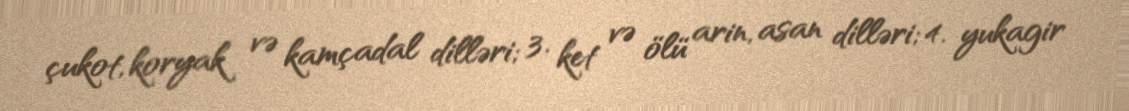
çukot, koryak və kamçadal dilləri; 3. ket və ölü arin, asan dilləri; 4. yukagir